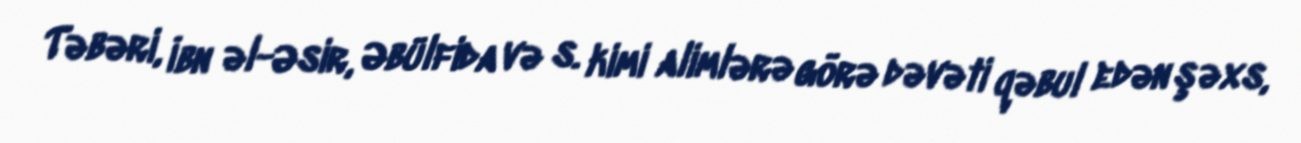
Təbəri, İbn əl-Əsir, Əbülfida və s. kimi alimlərə görə dəvəti qəbul edən şəxs,